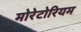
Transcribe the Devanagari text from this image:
मोरेटोरियम